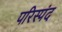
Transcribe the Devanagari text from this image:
परिस्पंद